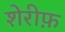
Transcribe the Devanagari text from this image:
शेरीफ़